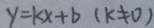
y = k x + b ( k \neq 0 )